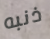
ذنبه